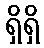
ရှိရှိ